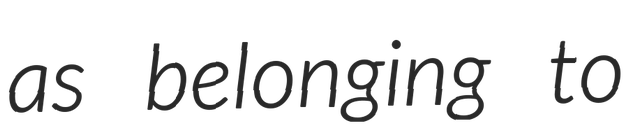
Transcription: as belonging to